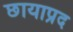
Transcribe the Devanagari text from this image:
छायाप्रद